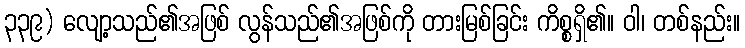
၃၃၉) လျော့သည်၏အဖြစ် လွန်သည်၏အဖြစ်ကို တားမြစ်ခြင်း ကိစ္စရှိ၏။ ဝါ၊ တစ်နည်း။